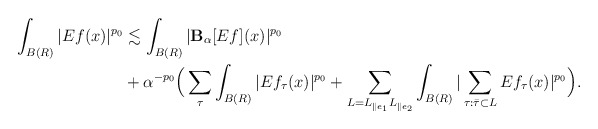
\begin{align*} \int_{B(R)} |E f(x)|^{p_0} &\lesssim \int_{B(R)} |\mathbf{B}_{\alpha} [Ef](x)|^{p_0} \\&+ \alpha^{-p_0} \Big( \sum_{\tau} \int_{B(R)} |Ef_{\tau}(x)|^{p_0} + \sum_{L = L_{\parallel e_1} L_{\parallel e_2 }} \int_{B(R)} |\sum_{\tau: \bar\tau \subset L } Ef_{\tau}(x)|^{p_0} \Big).\end{align*}